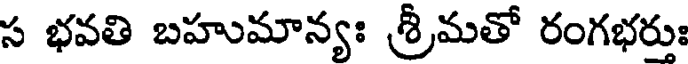
స భవతి బహుమాన్యః శ్రీమతో రంగభరుః